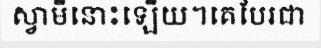
ស្វាមីនោះឡើយ។គេបែរជា